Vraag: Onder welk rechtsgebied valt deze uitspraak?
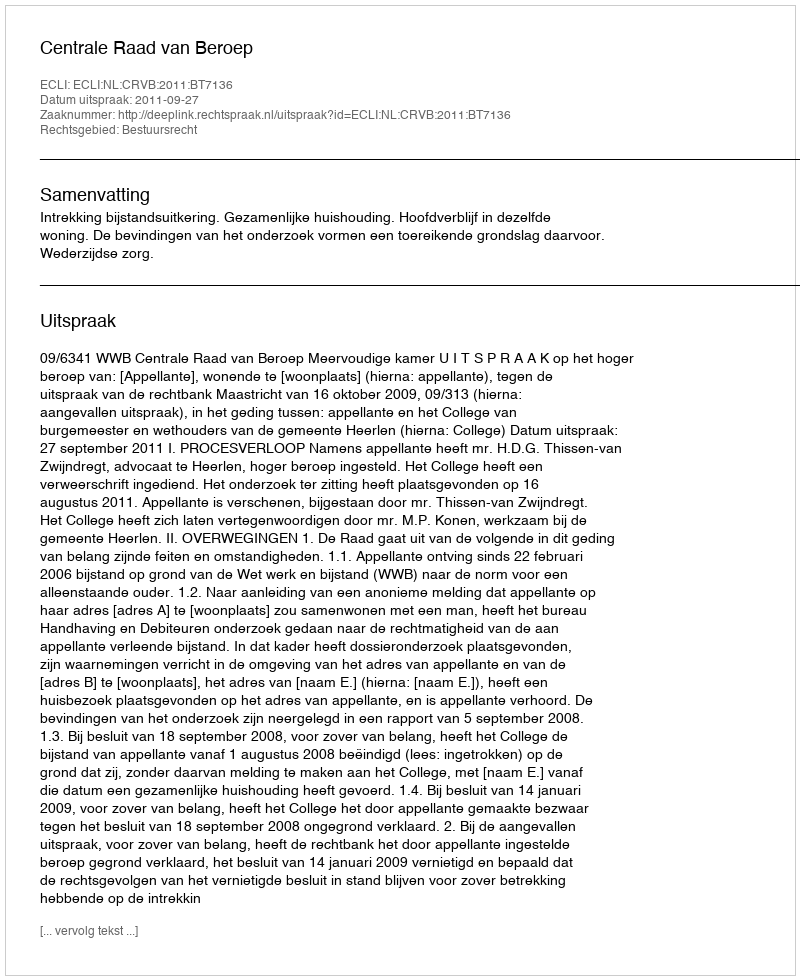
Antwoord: Bestuursrecht